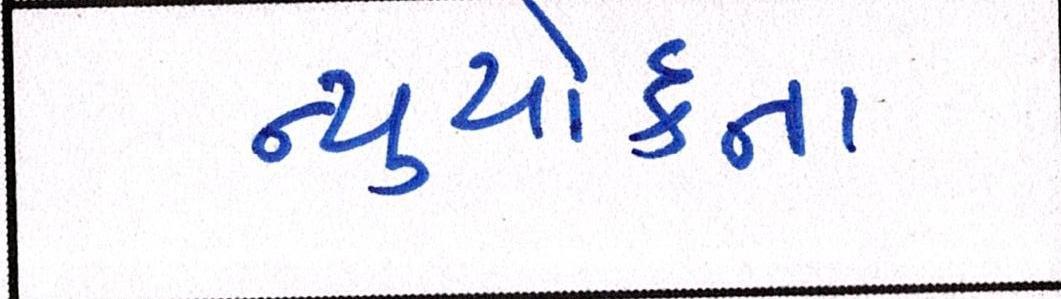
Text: ન્યુયોર્કના